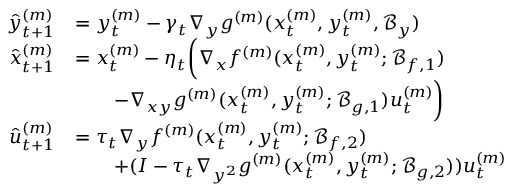
\begin{array} { r l } { \hat { y } _ { t + 1 } ^ { ( m ) } } & { = y _ { t } ^ { ( m ) } - \gamma _ { t } \nabla _ { y } g ^ { ( m ) } ( x _ { t } ^ { ( m ) } , y _ { t } ^ { ( m ) } , \mathcal { B } _ { y } ) } \\ { \hat { x } _ { t + 1 } ^ { ( m ) } } & { = x _ { t } ^ { ( m ) } - \eta _ { t } \bigg ( \nabla _ { x } f ^ { ( m ) } ( x _ { t } ^ { ( m ) } , y _ { t } ^ { ( m ) } ; \mathcal { B } _ { f , 1 } ) } \\ & { \qquad - \nabla _ { x y } g ^ { ( m ) } ( x _ { t } ^ { ( m ) } , y _ { t } ^ { ( m ) } ; \mathcal { B } _ { g , 1 } ) u _ { t } ^ { ( m ) } \bigg ) } \\ { \hat { u } _ { t + 1 } ^ { ( m ) } } & { = \tau _ { t } \nabla _ { y } f ^ { ( m ) } ( x _ { t } ^ { ( m ) } , y _ { t } ^ { ( m ) } ; \mathcal { B } _ { f , 2 } ) } \\ & { \qquad + ( I - \tau _ { t } \nabla _ { y ^ { 2 } } g ^ { ( m ) } ( x _ { t } ^ { ( m ) } , y _ { t } ^ { ( m ) } ; \mathcal { B } _ { g , 2 } ) ) u _ { t } ^ { ( m ) } } \end{array}